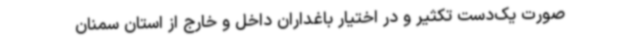
صورت یک‌دست تکثیر و در اختیار باغداران داخل و خارج از استان سمنان